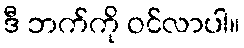
ဒီ ဘက်ကို ဝင်လာပါ။